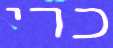
כרי